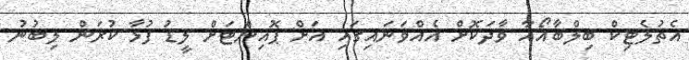
އެތުލެޓިކް ބިލްބާއޯއާ ވާދަކޮށް އެއްވަނައިގައި އަށް ޕޮއިންޓަށް ލީޑު ފުޅާ ކުރަން ލިބުނު